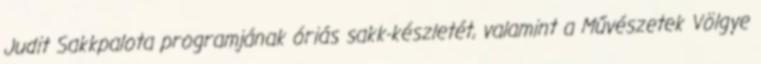
Judit Sakkpalota programjának óriás sakk-készletét, valamint a Művészetek Völgye